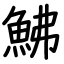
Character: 鮄